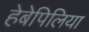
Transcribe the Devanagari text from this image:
हेबेपिलिया